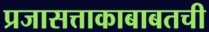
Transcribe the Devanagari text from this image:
प्रजासत्ताकाबाबतची